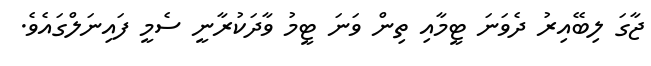
ޖާގަ ލިބޭއިރު ދެވަނަ ޓީމާއި ތިން ވަނަ ޓީމު ވާދަކުރާނީ ސެމީ ފައިނަލްގައެވެ.